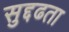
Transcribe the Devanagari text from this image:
सुद्दढता